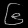
Digit: ၆